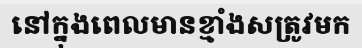
នៅក្នុងពេលមានខ្មាំងសត្រូវមក